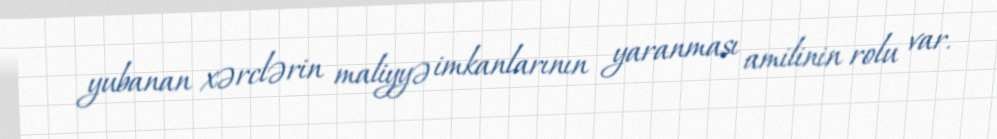
yubanan xərclərin maliyyə imkanlarının yaranması amilinin rolu var.